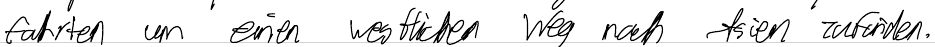
fahrten um einen westlichen Weg nach Asien zu finden.